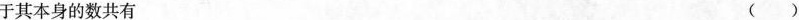
于其本身的数共有 （）